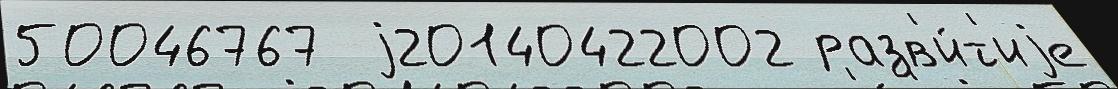
50046767  j20140422002 разв'и́т'иjе